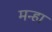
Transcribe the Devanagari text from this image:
मन्हा